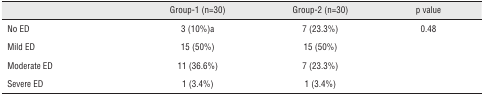
|  | Group-1 (n=30) | Group-2 (n=30) | p value |
 | --- | --- | --- | --- |
 | No ED | 3 (10%)a | 7 (23.3%) | 0.48 |
 | Mild ED | 15 (50%) | 15 (50%) |  |
 | Moderate ED | 11 (36.6%) | 7 (23.3%) |  |
 | Severe ED | 1 (3.4%) | 1 (3.4%) |  |